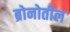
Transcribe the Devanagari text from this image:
ब्रोनोतील